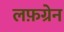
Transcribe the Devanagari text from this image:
लफ़ग्रेन